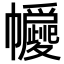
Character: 㡪